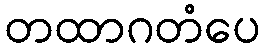
တထာဂတံပေ